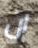
ان